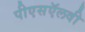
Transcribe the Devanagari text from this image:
पीएसऍलवी